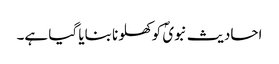
احادیث نبویؐ کو کھلونا بنایا گیا ہے۔